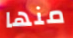
منها